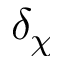
\delta _ { \chi }